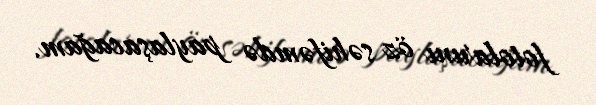
fotolarını öz səhifəmdə paylaşacağam.